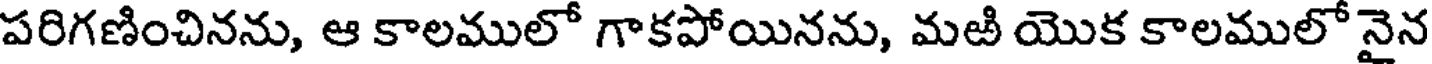
పరిగణించినను, ఆ కాలములో గాకపోయినను, మఱి యొక కాలములో నైన